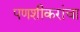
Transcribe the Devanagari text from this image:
पणशीकरांचा